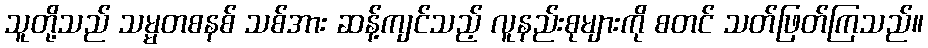
သူတို့သည် သမ္မတစနစ် သစ်အား ဆန့်ကျင်သည့် လူနည်းစုများကို စတင် သတ်ဖြတ်ကြသည်။